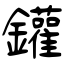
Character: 鑵